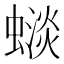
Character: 𧐽